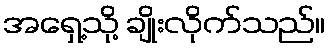
အရှေ့သို့ ချိုးလိုက်သည်။